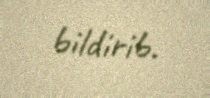
bildirib.